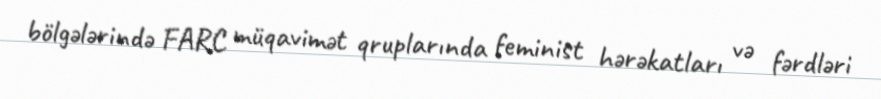
bölgələrində FARC müqavimət qruplarında feminist hərəkatları və fərdləri